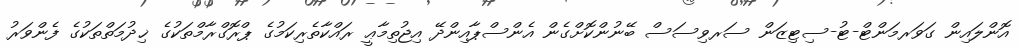
އޮންލައިން ގަވަރމަންޓް-ޓު-ސިޓިޒަން ސަރވިސަސް ބޭނުންކޮށްގެން އެންސްޕާއިންދޭ އިޖުތިމާޢީ ރައްކާތެރިކަމުގެ ޕްރޮގްރާމްތަކުގެ ޚިދުމަތްތަކުގެ ފެންވަރު